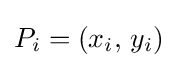
P_{i}=\left(x_{i},\,y_{i}\right)